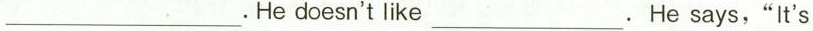
___.He doesn't like ___.He says,"It's